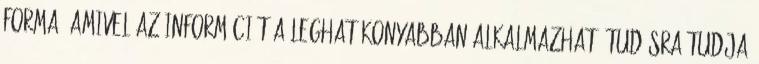
forma, amivel az információt a leghatékonyabban alkalmazható tudásra tudja